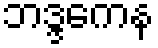
ဘဒ္ဒကေန